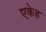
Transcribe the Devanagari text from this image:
एकेह